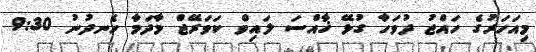
މިއަހަރުގެ ހައްޖު ދުވަހާ ގުޅޭ ޚާއްސަ ލައިވް ކަވަރޭޖް މާދަމާ ހެނދުނު 9:30